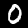
Digit: 0